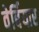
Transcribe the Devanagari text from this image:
वेर्बियार